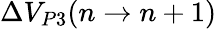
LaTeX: \Delta V_{P3}(n\to n+1)